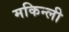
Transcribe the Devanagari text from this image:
मकिन्ली